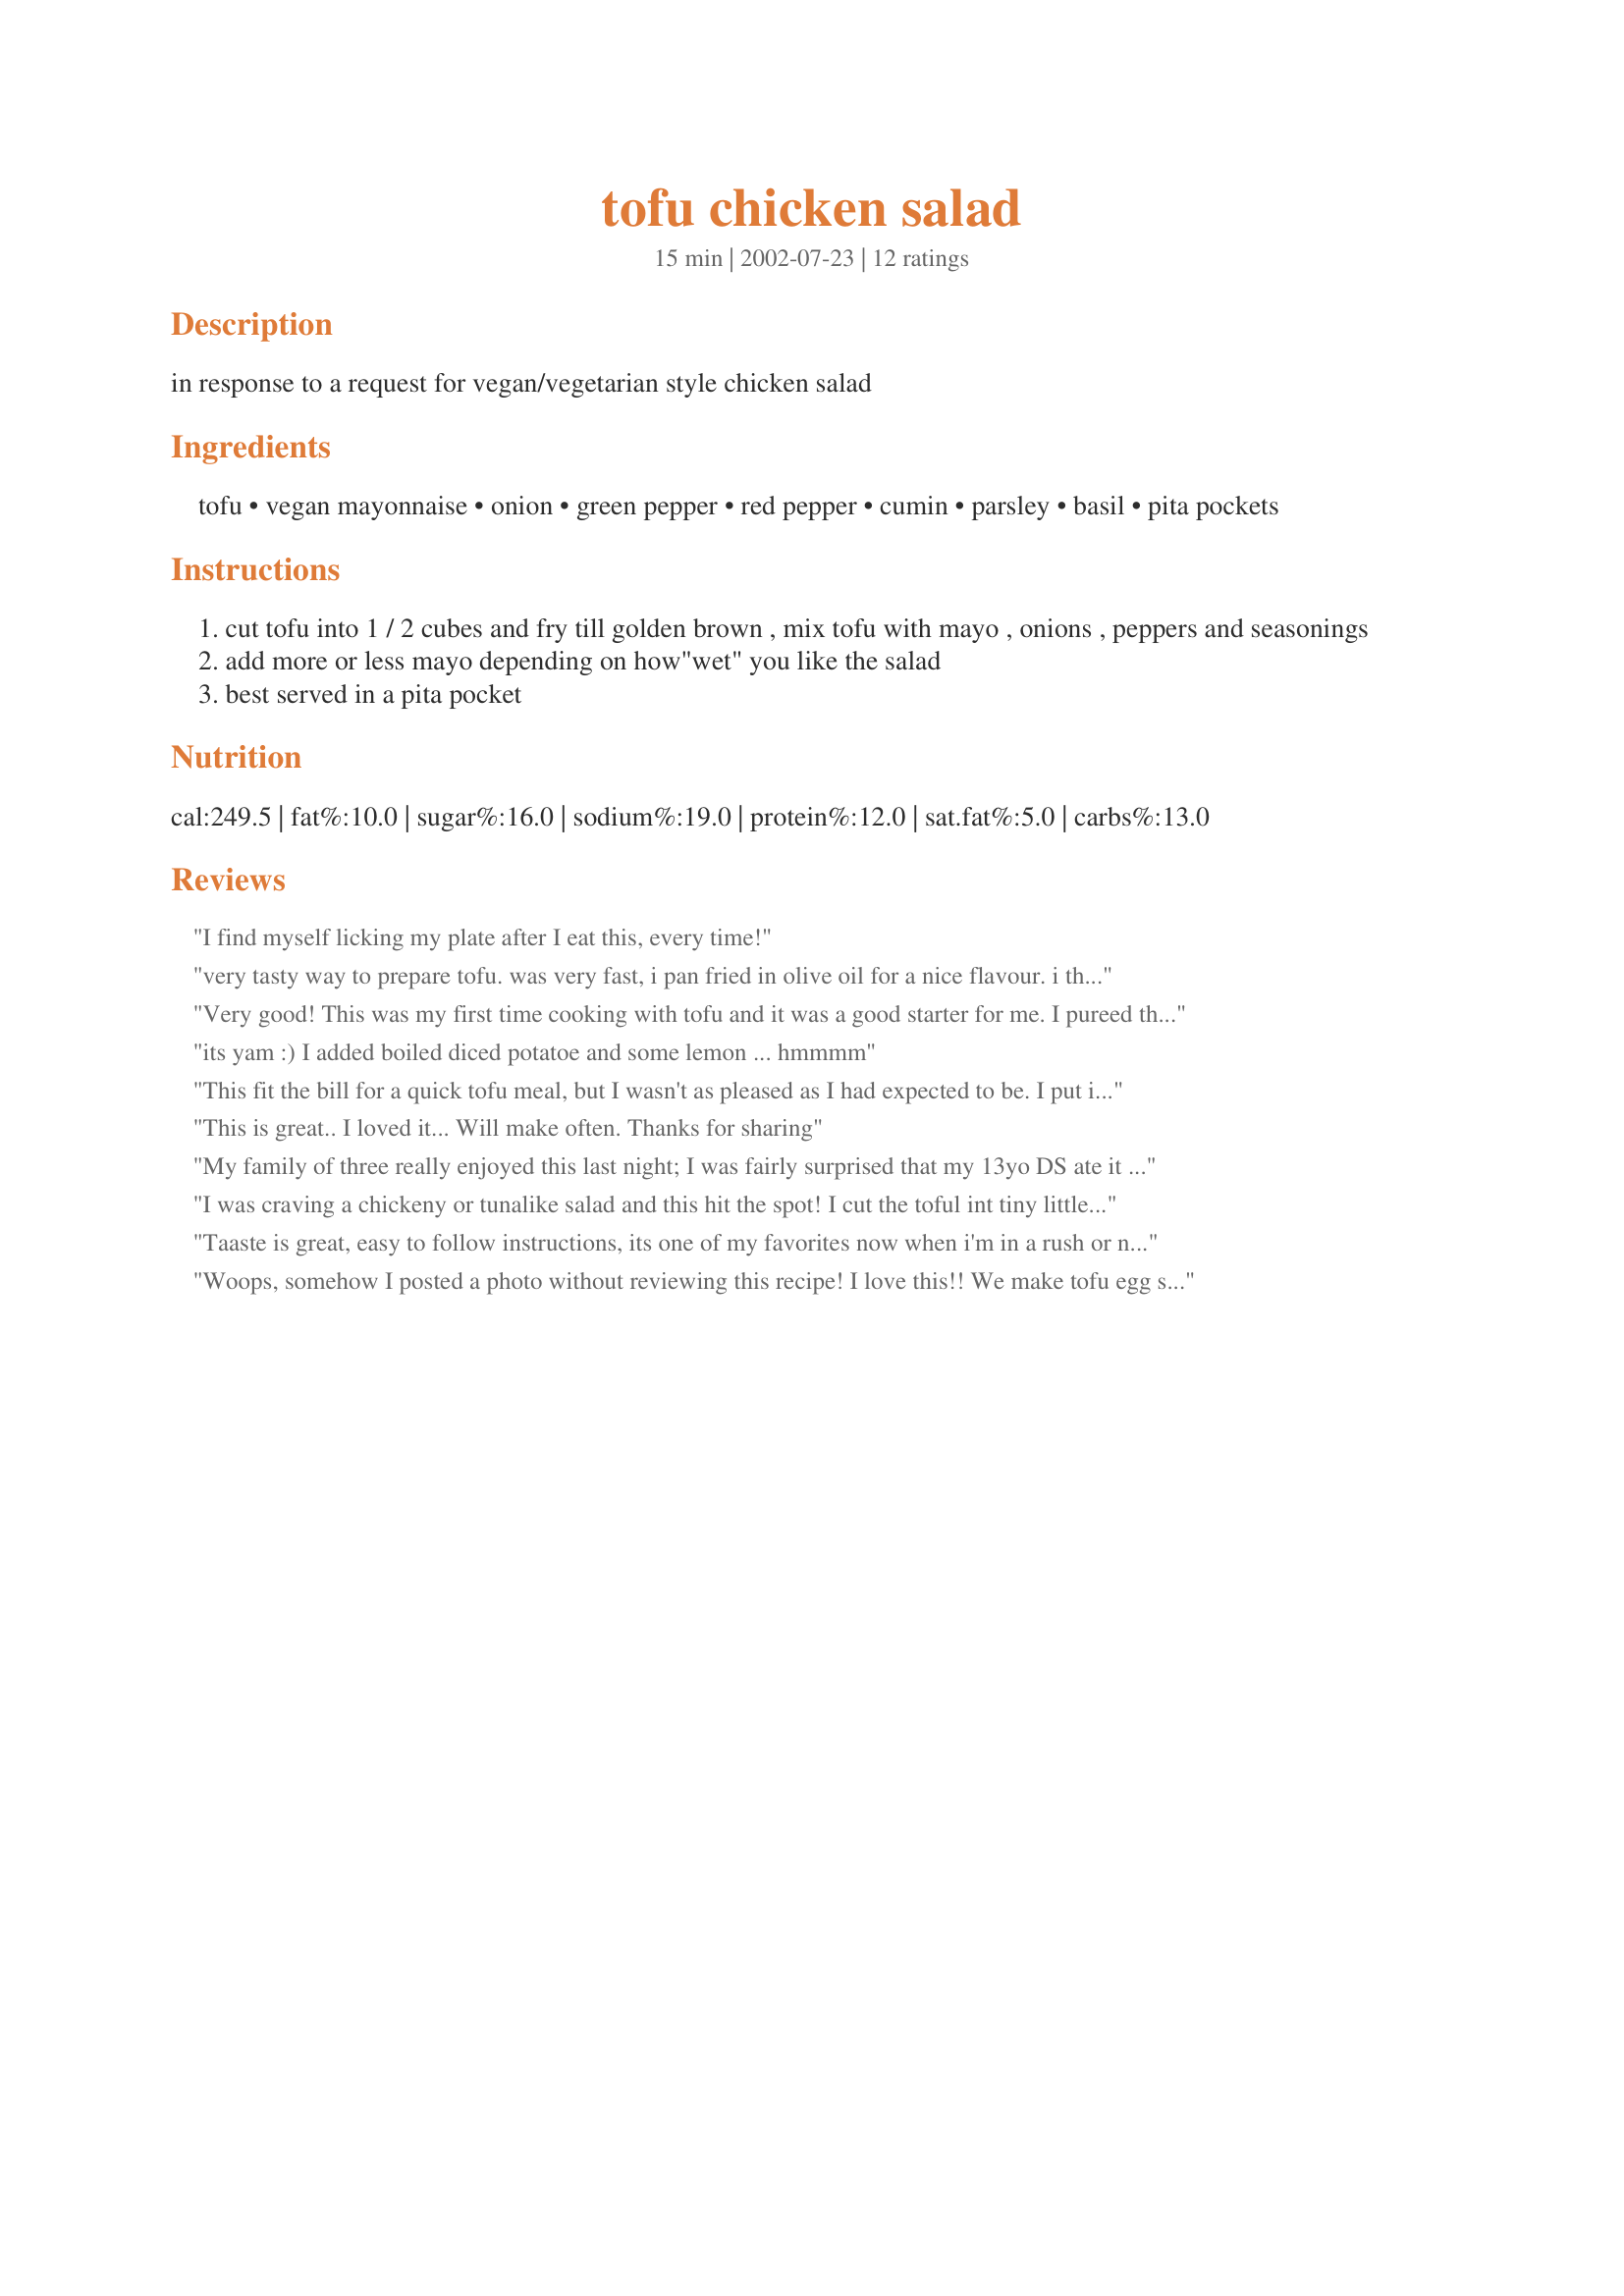
tofu chicken salad
Preparation time: 15 minutes

in response to a request for vegan/vegetarian style chicken salad

Ingredients:
tofu, vegan mayonnaise, onion, green pepper, red pepper, cumin, parsley, basil, pita pockets

Steps:
cut tofu into 1 / 2 cubes and fry till golden brown , mix tofu with mayo , onions , peppers and seasonings
add more or less mayo depending on how"wet" you like the salad
best served in a pita pocket

Reviews:
I find myself licking my plate after I eat this, every time!
very tasty way to prepare tofu. was very fast, i pan fried in olive oil for a nice flavour. i think i would use red onion next time for not such a sour flavour. can't wait to make again!
Very good! This was my first time cooking with tofu and it was a good starter for me. I pureed the onion in my food processor as I am not a fan of chunky pieces of onion, it turned out very well. I also added 2 chopped hard boiled eggs which takes away the vegan aspect but it added what I thought it needed. Also I used 1/2 teaspoon of cayenne instead of the cumin, if you don't like too much spice I would stick to 1/4 teaspoon. Overall it was very good especially hot with melted cheddar in pita =]
its yam :) I added boiled diced potatoe and some lemon ... hmmmm
This fit the bill for a quick tofu meal, but I wasn't as pleased as I had expected to be. I put it together with all the ingredients, and it wasn't quite what I wanted. I added some pesto and cilantro and got a little closer. Also used some honey dijon mustard, which helped a lot. I'll keep working with it though...I'm thinking of trying a pepper-based relish in it.
This is great.. I loved it... Will make often. Thanks for sharing
My family of three really enjoyed this last night; I was fairly surprised that my 13yo DS ate it at all, but he gobbled it right up. We ate it over mixed spring greens, but I'm sure it would make a really nice pita sandwich too! I think next time, I'd chill the mixture to let the flavors mingle.
I was craving a chickeny or tunalike salad and this hit the spot! I cut the toful int tiny little 1/4" cubes. Love them crispy! I really enjoyed it all by itself. Thank you Tish!
Taaste is great, easy to follow instructions, its one of my favorites now when i'm in a rush or need to take something to work.

very nice thanks for the recipie

Ralph
Woops, somehow I posted a photo without reviewing this recipe! I love this!! We make tofu egg salad all the time in which the tofu is mashed to resemble egg. Although this is chicken salad, not egg salad, this tofu sandwish spread recipe has such a greater falvour dimension. The cumin expecially really makes this recipe. The panfrying of the tofu makes the texture chewier and nicely browned. This delicious recipe is now a regular in our house! Thanks Tish!!
I thought it was easy and yummy. My husband ate it but asked me not to make it again.
Excellent and very easy to make! My girlfriend loved it and remarked that it's a dish that is a "staple." You don't make it for company, but it's something that we'll consistently make in the future for us or a quick snack. I added some chili powder to mine for a spice kick.
